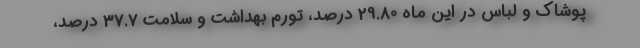
پوشاک و لباس در این ماه 29.80 درصد، تورم بهداشت و سلامت 37.7 درصد،